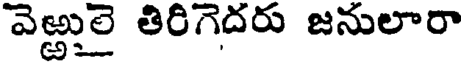
వెఱ్ఱలులై తిరిగెదరు జనులారా